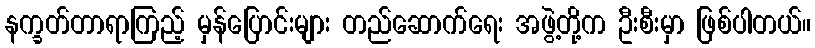
နက္ခတ်တာရာကြည့် မှန်ပြောင်းများ တည်ဆောက်ရေး အဖွဲ့တို့က ဦးစီးမှာ ဖြစ်ပါတယ်။